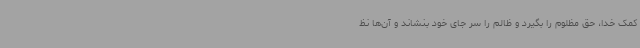
کمک خدا، حق مظلوم را بگیرد و ظالم را سر جای خود بنشاند و آن‌ها نظ